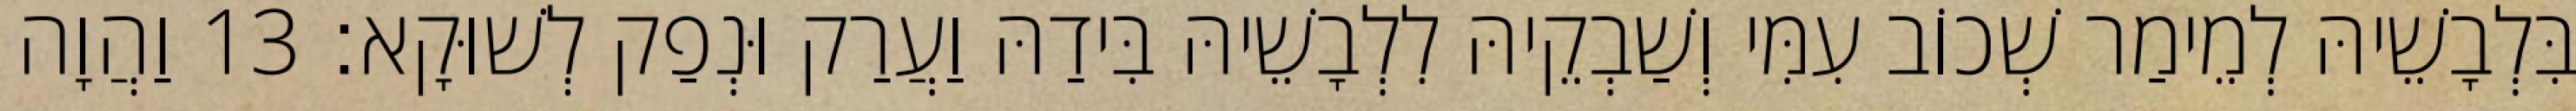
בִּלְבָשֵׁיהּ לְמֵימַר שְׁכוֹב עִמִּי וְשַׁבְקֵיהּ לִלְבָשֵׁיהּ בִּידַהּ וַעֲרַק וּנְפַק לְשׁוּקָא׃ 13 וַהֲוָה